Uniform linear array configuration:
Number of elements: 4
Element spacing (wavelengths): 0.75
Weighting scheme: kaiser
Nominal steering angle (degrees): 30
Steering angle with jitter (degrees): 29.998
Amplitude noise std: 0.05
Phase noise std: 0.05

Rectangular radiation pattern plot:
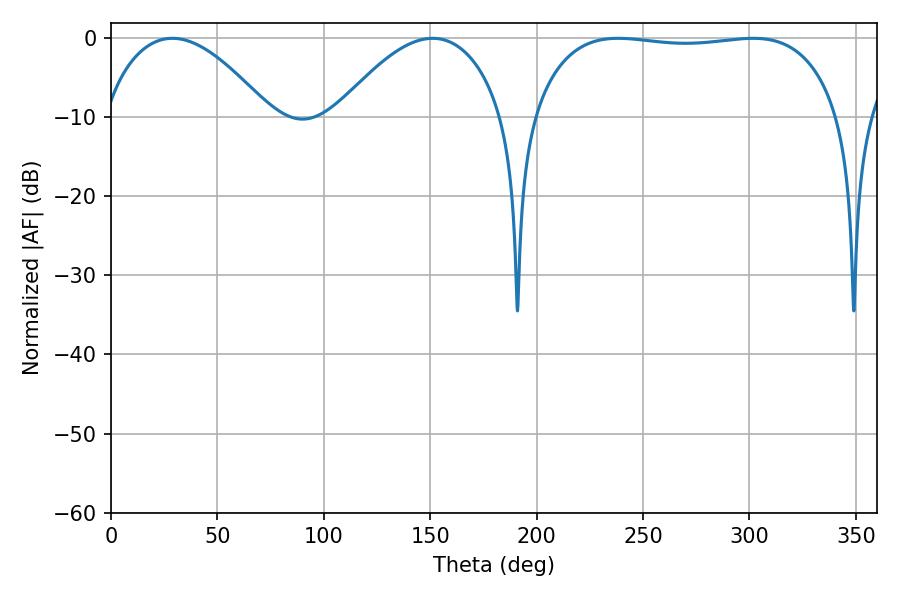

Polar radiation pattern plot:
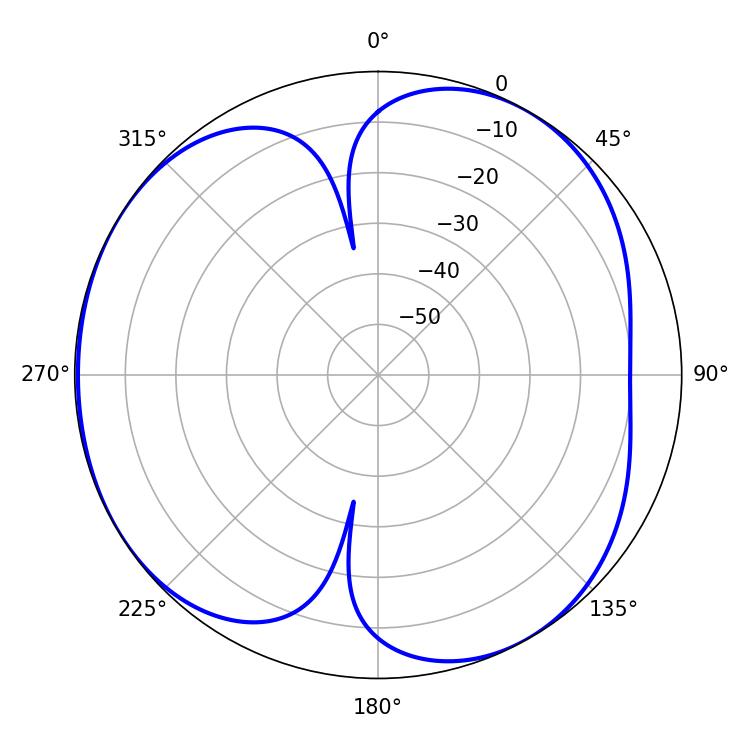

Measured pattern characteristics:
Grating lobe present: TRUE
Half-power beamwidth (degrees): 114.84
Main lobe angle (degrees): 238.32